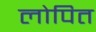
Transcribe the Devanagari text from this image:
लोपित